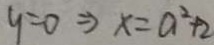
y = 0 \Rightarrow x = a ^ { 2 } + 2